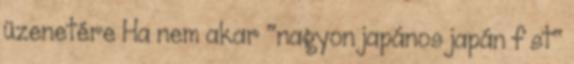
üzenetére Ha nem akar "nagyon japános japán f st"